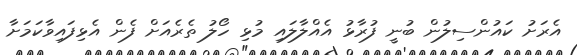
އެރަށު ކައުންސިލުން ބުނީ ފުރާޅު އެއްލާލައި މުޅި ހޯލު ތެރެއަށް ފެން އެޅިފައިވާކަމަށާ